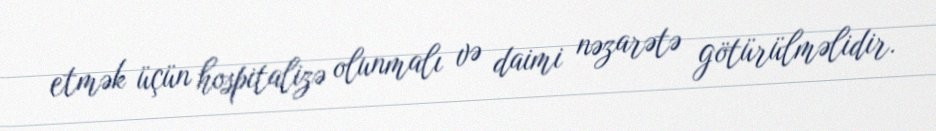
etmək üçün hospitalizə olunmalı və daimi nəzarətə götürülməlidir.